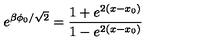
e ^ { \beta \phi _ { 0 } / \sqrt { 2 } } = \frac { 1 + e ^ { 2 ( x - x _ { 0 } ) } } { 1 - e ^ { 2 ( x - x _ { 0 } ) } }